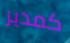
كمدير